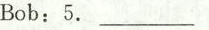
Bob:5. ___